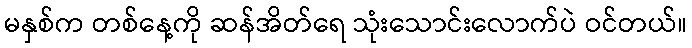
မနှစ်က တစ်နေ့ကို ဆန်အိတ်ရေ သုံးသောင်းလောက်ပဲ ဝင်တယ်။